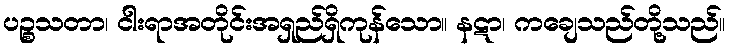
ပဉ္စသတာ၊ ငါးရာအတိုင်းအရှည်ရှိကုန်သော။ နဋာ၊ ကချေသည်တို့သည်။